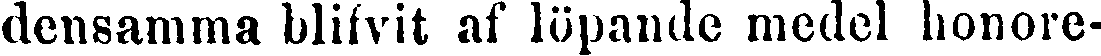
densamma blifvit af löpande medel honore-